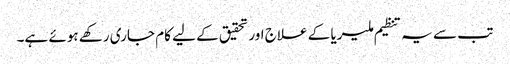
تب سے یہ تنظیم ملیریا کے علاج اور تحقیق کے لیے کام جاری رکھے ہوئے ہے۔